Report on vaccination in Madras 1922-1929 - 1922-1929
Year: 1922
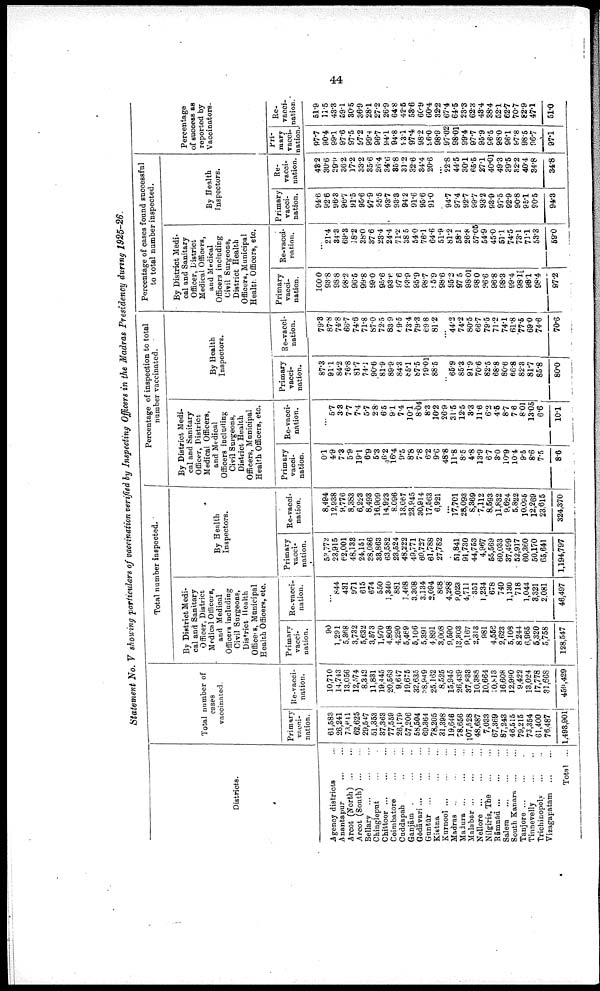
44
Statement No. V showing particulars of vaccination verified by Inspecting Officers in the Madras Presidency during 1925-26.
Districts.
Agency districts ...
Anantapur ... ...
Arcot (North)
...
...
Arcot (South)
...
...
Bellary
...
...
...
Chingleput ... ...
Chittoor ... ... ...
Coimbatore
...
...
Cuddapah ... ...
Ganjām ... ...
Gōdāvari ... ... ...
Guntūr
...
...
...
Kistna ... ...
Kurnool
...
...
...
Madras
...
...
...
Madura ... ... ...
Malabar ... ... ...
Nellore
...
...
...
Nilgiris, The
...
...
Rāmnād
...
...
...
Salem
... ... ...
South Kanara ... ...
Tanjore
...
...
...
Tinnevelly
...
...
Trichinopoly ... ...
Vizagapatam
...
...
Total ...
Total number of
cases
vaccinated.
Primary
vacci-
nation.
61,583
26,241
73,641
62,625
29,547
51,353
37,363
77,559
26,179
57,206
58,504
69,364
78,205
31,398
19,646
78,656
107,528
48,687
7,033
67,369
87,243
46,515
79,215
73,354
61,400
76,487
1,493,901
Re-vacci¬
nation.
10,710
14,743
13,056
12,574
8,342
11,831
19,445
20,563
9,647
19,675
32,635
38,949
25,162
8,525
15,945
26,439
37,833
10,388
10,664
10,813
16,608
12,990
9,422
13,024
17,778
31,668
459,429
Total number inspected.
By District Medi
cal and Sanitary
Officer, District
Medical Officers,
and Medical
Officers including
Civil Surgeons,
District Health
Officer's, Municipal
Health Officers, etc.
Primary
vacci
nation.
90
1,291
5,368
3,732
5,632
3,573
1,970
4,808
4,290
5,469
5,106
5,391
4,891
3,008
9,590
13,303
9,167
2,313
981
4,556
2,623
5,108
8,244
6,965
5,320
5,758
128,547
Re-vacci
nation.
...
844
431
971
615
674
550
1,340
881
1,468
3,308
3,134
2,094
868
4,288
9,023
4,711
351
1,234
678
740
1,130
718
1,044
3,321
2,081
46,497
By Health
Inspectors.
Primary
vacci
nation.
53,772
23,915
62,001
48,133
24,151
38,086
38,863
63,582
23,524
48,222
49,771
60,727
61,788
27,782
...
51,841
91,730
44,753
4,967
55,569
60,033
37,499
52,917
60,360
50,170
65,641
1,194,797
Re-vacci-
nation.
8,494
12,938
9,776
8,383
6,223
8,493
16,909
14,923
8,096
13,667
23,945
30,914
17,563
6,921
...
17,701
28,093
8,369
7,112
8,593
11,832
9,624
5,822
10,096
12,269
23,615
324,370
Percentage of inspection to total
number vaccinated.
By District Medi
cal and Sanitary
Officer, District
Medical Officers,
and Medical
Officers including
Civil Surgeons,
District Health
Officers, Municipal
Health Officers, etc.
Primary
vacci-
nation.
0.1
4.9
7.3
5.9
19.1
6.9
5.3
6.2
16.4
9.5
8.8
7.8
6.2
9.6
48.8
11.8
8.5
4.8
13.9
6.7
3.0
10.9
10.4
9.5
8.6
7.5
8.6
Re-vacci
nation.
87.3
5.7
3.3
7.7
7.4
5.7
2.8
6.5
9.1
7.4
10.1
8.04
8.3
10.2
26.9
31.5
12.5
3.3
11.6
6.2
4.5
8.7
7.6
8.01
13.05
6.6
10.1
By Health
Inspectors.
Primary
vacci
nation.
87.3
91.1
84.2
76.8
81.7
74.1
90.6
81.9
89.9
84.3
85.1
87.5
79.01
88.5
...
65.9
85.3
91.9
70.6
82.5
68.8
80.6
66.8
82.3
81.7
85.8
80.0
Re-vacci
nation.
79.8
87.8
74.8
66.7
74.6
71.8
87.0
72.5
83.9
69.5
73.4
79.3
69.8
81.2
...
44.2
74.2
80.5
66.7
79.5
71.2
74.1
61.8
77.5
69.0
74.6
70.6
Percentage of cases found successful
to total number inspected.
By District Medi
cal and Sanitary
Officer, District
Medical Officers,
and Medical
Officers including
Civil Surgeons,
District Health
Officers, Municipal
Health. Officers, etc.
Primary
vacci
nation.
100.0
93.8
98.8
98.2
96.6
99.8
99.0
95.6
93.6
97.6
93.9
95.9
98.7
95.9
98.6
95.2
97.5
98.01
98.0
96.6
96.8
98.3
99.4
98.1
98.1
98.4
97.2
Re-vacci
nation.
...
21.4
34.3
69.8
18.2
38.0
37. 6
23.4
24.4
71.2
38.5
54.0
76.1
64.6
51.9
81.2
58.1
26.8
57.05
54.9
45.0
51.1
74.5
73.1
73.1
53.3
69.0
By Health
inspectors.
Primary
vacci
nation.
94.6
92.6
96.3
96.7
91.5
95.6
97.9
95.5
93.7
93.3
94.2
91.6
95.6
91.0
...
94.7
97.4
92.7
99.7
93.2
93.9
97.5
92.9
90.8
95.1
90.5
94.3
Re-
vacci
nation.
48.2
30.6
29.9
36.2
17.2
33.2
35.6
26.4
34.6
35.8
31.2
32.6
34.4
20.6
...
22.8
44.5
30.1
65.5
27.1
40.01
49.3
39.5
32.2
40.4
34.8
34.8
Percentage
of success as
reported by
Vaccinators.
Pri
mary
vacci
nation.
97.7
90.4
99.1
97.6
97.5
97.2
99.4
96.7
94.1
94.8
93.1
97.4
98.2
96.0
98.9
97.02
98.01
99.4
97.7
95.9
96.5
98.0
96.1
97.8
98.5
96.7
97.1
Re-
vacci
nation.
51.9
11.5
43.3
59.1
30.5
36.9
28.1
27.2
26.9
64.8
42.5
53.6
60.9
60.4
32.2
67.4
64.5
23.3
62.3
43.4
38.4
52.1
62.7
70.7
82.9
47.1
51.0